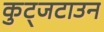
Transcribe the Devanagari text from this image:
कुट्जटाउन